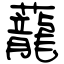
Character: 蘢